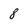
Character: 8